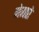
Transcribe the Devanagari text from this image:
मेगारे